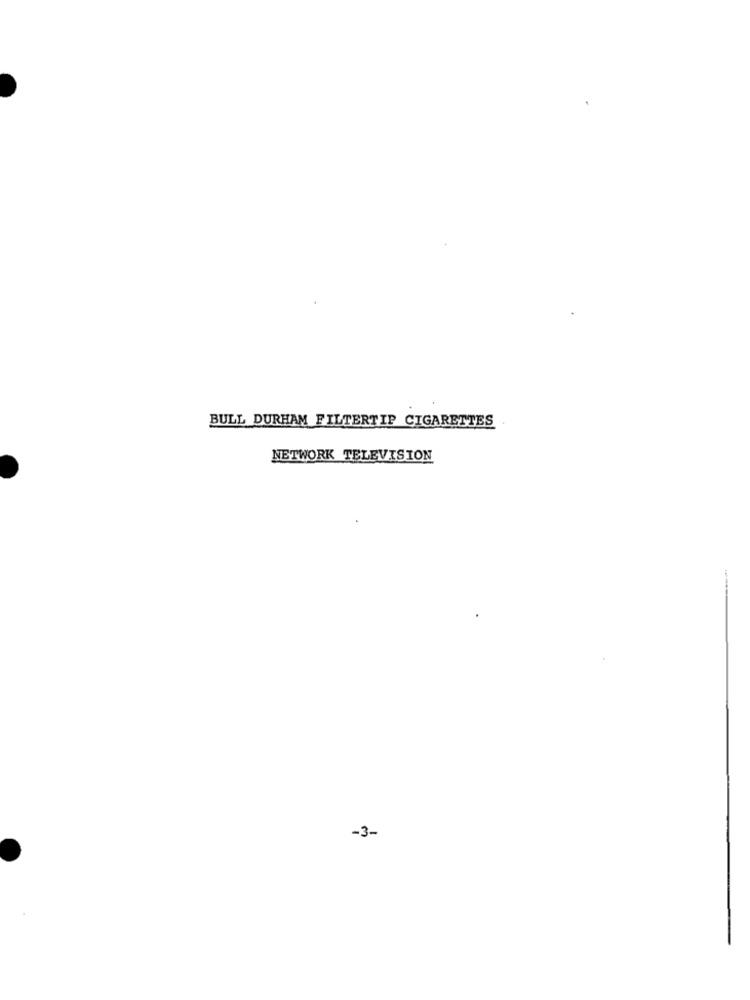
BULL DURHAM FILTERTIP CIGARETTES
NETWORK TELEVISION
-3-